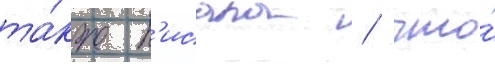
та́кже п'исала / что́